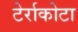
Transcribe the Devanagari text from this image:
टेर्राकोटा